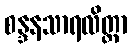
စန္ဒနသာရလိတ္တာ